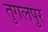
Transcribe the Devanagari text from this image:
तुगलपुर